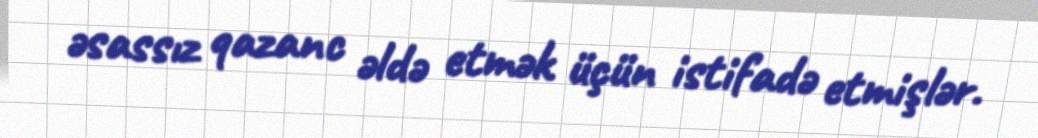
əsassız qazanc əldə etmək üçün istifadə etmişlər.